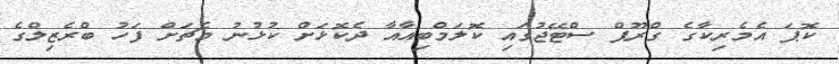
ކޮޕަ އެމެރިކާގެ ގްރޫޕް ސްޓޭޖުގައި ކޮލަމްބިއާއާ ދެކޮޅަށް ކުޅުނު މެޗަށް ފަހު ބްރެޒިލްގެ